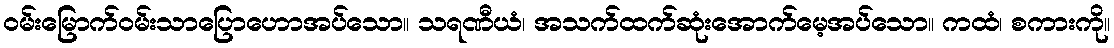
ဝမ်းမြောက်ဝမ်းသာပြောဟောအပ်သော။ သရဏီယံ၊ အသက်ထက်ဆုံးအောက်မေ့အပ်သော။ ကထံ၊ စကားကို။